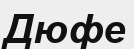
Дюфе